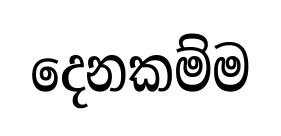
දෙනකම්ම